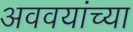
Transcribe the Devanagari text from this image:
अववयांच्या